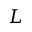
L